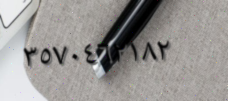
٣٥٧٠٤٦٢١٨٢